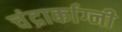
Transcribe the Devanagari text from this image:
चंद्रार्काग्नी